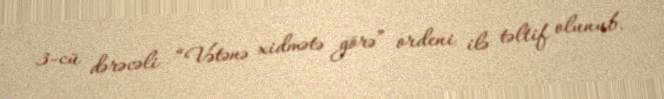
3-cü dərəcəli “Vətənə xidmətə görə” ordeni ilə təltif olunub.